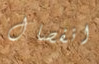
انفصال